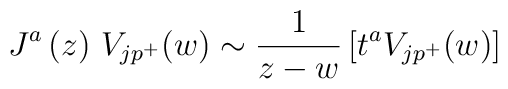
J^a\left( z\right) \,V_{jp^{+}}(w)\sim \frac 1{z-w}\left[t^aV_{jp^{+}}(w)\right]